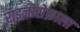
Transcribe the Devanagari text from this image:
राइज़ोसेफ़ाला